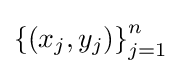
\left\{(x_{j},y_{j})\right\}_{j=1}^{n}